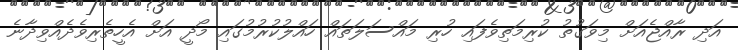
އަދި ރާއްޖެއަށް މިވަގުތު ކުރިމަތިވެފައި ހުރި މައްސަލަތައް ހައްލުކުރުމުގައި މޯދީ އަށް އެހީތެރިވެދެއްވިދާނެ